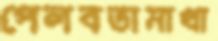
পেলবতামাখা